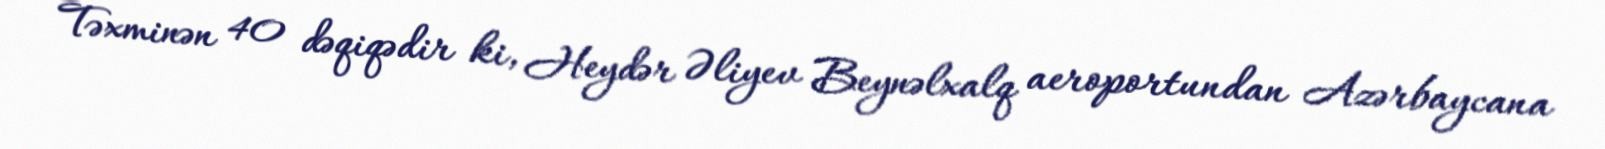
Təxminən 40 dəqiqədir ki, Heydər Əliyev Beynəlxalq aeroportundan Azərbaycana